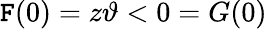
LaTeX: \mathtt{F}(0)=z\vartheta<0=G(0)